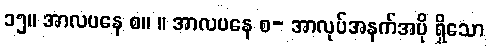
၁၅။ အာလပနေ စ။ ။ အာလပနေ စ- အာလုပ်အနက်အပို ရှိသော